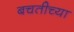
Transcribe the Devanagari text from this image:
बचतीच्या